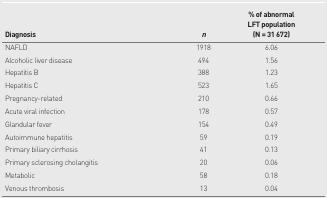
| Diagnosis | n | % of abnormal LFT population (N = 31 672) |
 | --- | --- | --- |
 | NAFLD | 1918 | 6.06 |
 | Alcoholic liver disease | 494 | 1.56 |
 | Hepatitis B | 388 | 1.23 |
 | Hepatitis C | 523 | 1.65 |
 | Pregnancy-related | 210 | 0.66 |
 | Acute viral infection | 178 | 0.57 |
 | Glandular fever | 154 | 0.49 |
 | Autoimmune hepatitis | 59 | 0.19 |
 | Primary biliary cirrhosis | 41 | 0.13 |
 | Primary sclerosing cholangitis | 20 | 0.06 |
 | Metabolic | 58 | 0.18 |
 | Venous thrombosis | 13 | 0.04 |